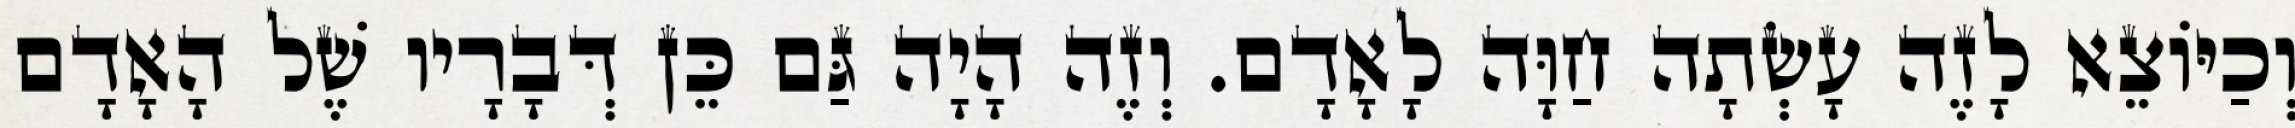
וְכַיּוֹצֵא לָזֶה עָשְׂתָה חַוָּה לָאָדָם. וְזֶה הָיָה גַּם כֵּן דְּבָרָיו שֶׁל הָאָדָם